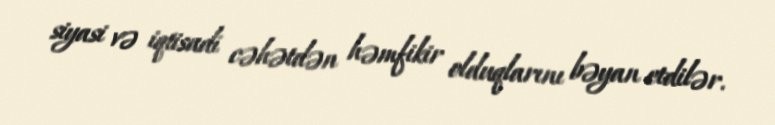
siyasi və iqtisadi cəhətdən həmfikir olduqlarını bəyan etdilər.